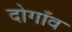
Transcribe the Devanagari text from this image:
दोगाँव